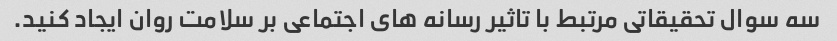
سه سوال تحقیقاتی مرتبط با تاثیر رسانه های اجتماعی بر سلامت روان ایجاد کنید.